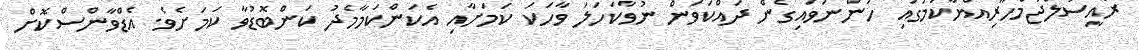
ރައީސުލްޖުމްހޫރިއްޔާކަމުގައި ހުންނަވައިގެން ދައްކަވަން ނުވާކަހަލަ ވާހަކަ ކަމަށާއި އެކަންކަމާމެދު ކަންބޮޑުވާ ކަމަށެވެ. އެޑްވާންސްކޮށް